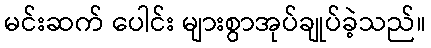
မင်းဆက် ပေါင်း များစွာအုပ်ချုပ်ခဲ့သည်။